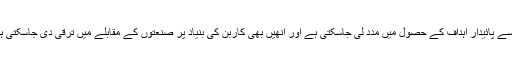
ان سے پائیدار اہداف کے حصول میں مدد لی جاسکتی ہے اور انھیں بھی کاربن کی بنیاد پر صنعتوں کے مقابلے میں ترقی دی جاسکتی ہے۔